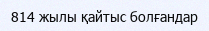
814 жылы қайтыс болғандар